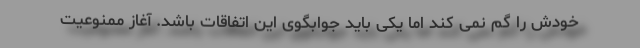
خودش را گم نمی کند اما یکی باید جوابگوی این اتفاقات باشد. آغاز ممنوعیت